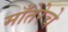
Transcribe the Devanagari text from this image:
माँतेरेचे